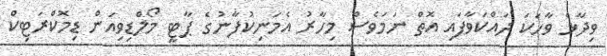
ވިދާޅެ ވާހަކަ ދައްކަވާފައި އޮތް ނަމަވެސް މިހާރު އެމަނިކުފާނުގެ ޕާޓީ މޯލްޑިވިއަން ޑިމޮކްރަޓިކް